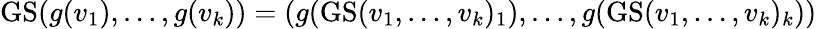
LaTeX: \operatorname{GS}(g(v_{1}),\dots,g(v_{k}))=(g(\operatorname{GS}(v_{1},\dots,v_{k})_{1}),\dots,g(\operatorname{GS}(v_{1},\dots,v_{k})_{k}))